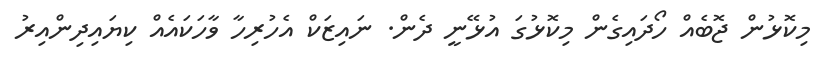
މިކޮޅުން ޖޮބެއް ހޯދައިގެން މިކޮޅުގަ އުޅޭނީ ދެން. ނައިޒަކް އެހުރިހާ ވާހަކައެއް ކިޔައިދިންއިރު